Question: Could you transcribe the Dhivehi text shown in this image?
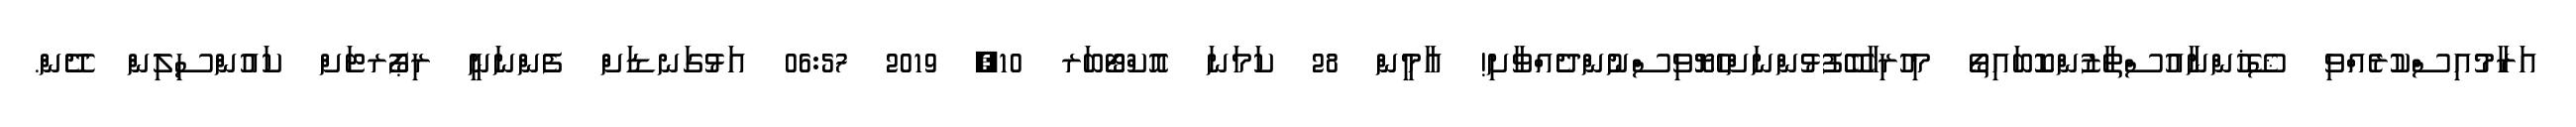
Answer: އަރާމުއިސްކުރެއްވި ޝޭޚުންނާއުސްތާޒުންކޮބައިތޯ މިހުރިހާބޭފުޅުންނަށްހެޔޮވިސްނުންދެއްވާށި! އާމީން 28 ކަމަނަ އޮކްޓޯބަރ 10, 2019 06:57 އަޅުގަނޑަށް ފެންނަނީ ރިޕޯރޓަށް ކައުންސިލިން ދޭން.